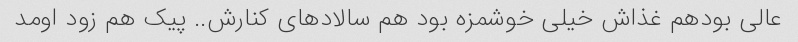
عالی بودهم غذاش خیلی خوشمزه بود هم سالاد‌های کنارش.. پیک هم زود اومد